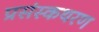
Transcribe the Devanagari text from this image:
प्रसंस्कथरण